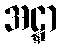
အဋ္ဋာ